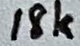
Text: 18k